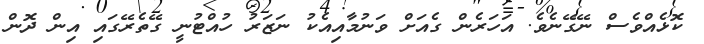
ކޮޅެއްވެސް ނޭގޭނެވެ. އަހަރެން ގެއަށް ވަނުމާއިއެކު ނަޒަރު ހުއްޓުނީ ގޭތެރޭގައި އިން ދޮން